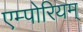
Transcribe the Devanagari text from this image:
एम्पोरियम्